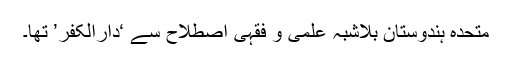
متحدہ ہندوستان بلاشبہ علمی و فقہی اصطلاح سے ‘دارالکفر’ تھا۔